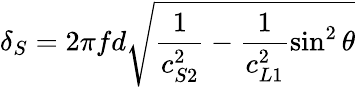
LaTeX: \delta_{S}=2\pi fd\sqrt{\frac{1}{c_{S2}^{2}}-\frac{1}{c_{L1}^{2}}\sin^{2}\theta}